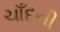
ચાઁદની